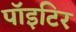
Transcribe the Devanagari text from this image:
पाॅइटिर